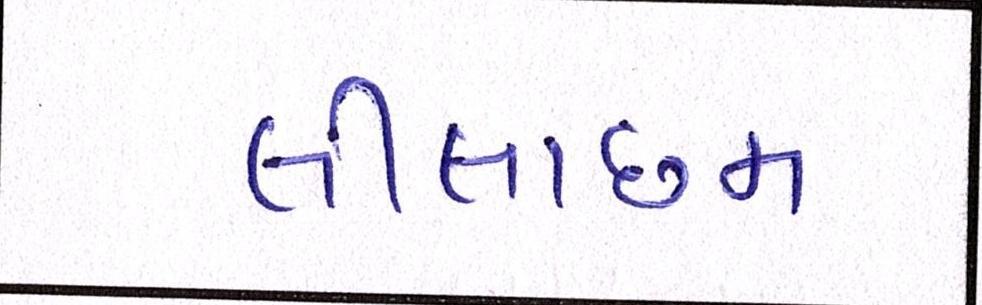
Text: લીલાછમ